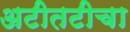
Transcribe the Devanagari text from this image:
अटीतटीचा